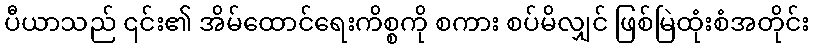
ပီယာသည် ၎င်း၏ အိမ်ထောင်ရေးကိစ္စကို စကား စပ်မိလျှင် ဖြစ်မြဲထုံးစံအတိုင်း